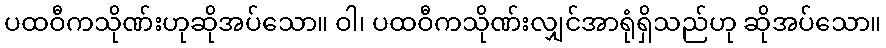
ပထဝီကသိုဏ်းဟုဆိုအပ်သော။ ဝါ၊ ပထဝီကသိုဏ်းလျှင်အာရုံရှိသည်ဟု ဆိုအပ်သော။